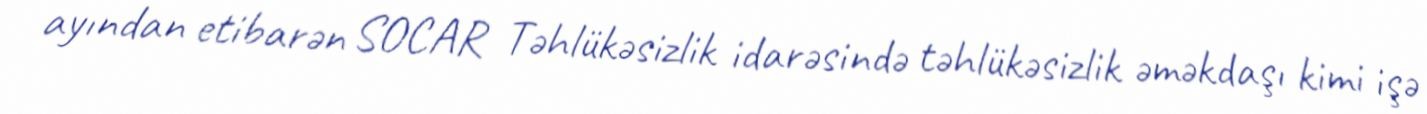
ayından etibarən SOCAR Təhlükəsizlik idarəsində təhlükəsizlik əməkdaşı kimi işə